Report of the Indian Hemp Drugs Commission, 1894-1895 - Volume I
Year: 1894
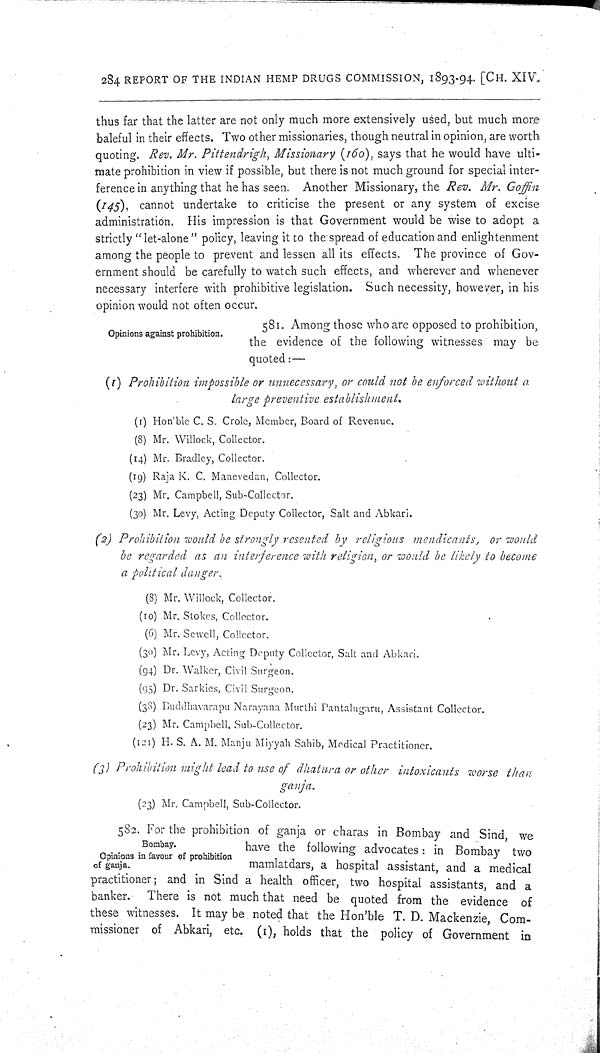
284 REPORT OF THE INDIAN HEMP DRUGS COMMISSION, 1893-94. [CH. XIV.
thus far that the latter are not only much more extensively used, but much more
baleful in their effects. Two other missionaries, though neutral in opinion, are worth
quoting. Rev. Mr. Pittendrigh, Missionary (160), says that he would have ulti-
mate prohibition in view if possible, but there is not much ground for special inter-
ference in anything that he has seen. Another Missionary, the Rev. Mr. Goffin
(145), cannot undertake to criticise the present or any system of excise
administration. His impression is that Government would be wise to adopt a
strictly "let-alone" policy, leaving it to the spread of education and enlightenment
among the people to prevent and lessen all its effects. The province of Gov-
ernment should be carefully to watch such effects, and wherever and whenever
necessary interfere with prohibitive legislation. Such necessity, however, in his
opinion would not often occur.
Opinions against prohibition.
581. Among those who are opposed to prohibition,
the evidence of the following witnesses may be
quoted:—
(1) Prohibition impossible or unnecessary, or could not be enforced without a
large preventive establishment.
(1) Hon'ble C. S. Crole, Member, Board of Revenue.
(8) Mr. Willock, Collector.
(14) Mr. Bradley, Collector.
(19) Raja K. C. Manevedan, Collector.
(23) Mr. Campbell, Sub-Collector.
(30) Mr. Levy, Acting Deputy Collector, Salt and Abkari.
(2) Prohibition would be strongly resented by religious mendicants, or would
be regarded as an interference with religion, or would be likely to become
a political danger.
(8) Mr. Willock, Collector.
(10) Mr. Stokes, Collector.
(6) Mr. Sewell, Collector.
(30) Mr. Levy, Acting Deputy Collector, Salt and Abkari.
(94) Dr. Walker, Civil Surgeon.
(95) Dr. Sarkies, Civil Surgeon.
(38) Buddhavarapu Narayana Murthi Pantalugaru, Assistant Collector.
(23) Mr. Campbell, Sub-Collector.
(121) H. S. A. M. Manju Miyyah Sahib, Medical Practitioner.
(3) Prohibition might lead to use of dhatura or other intoxicants
worse than
ganja.
(23) Mr. Campbell, Sub-Collector.
Bombay.
Opinions in favour of prohibition
of ganja.
582. For the prohibition of ganja or charas in Bombay and Sind, we
have the following advocates: in Bombay two
mamlatdars, a hospital assistant, and a medical
practitioner; and in Sind a health officer, two hospital assistants, and a
banker.
There is not much that need be quoted from the evidence of
these witnesses. It may be noted that the Hon'ble T. D. Mackenzie, Com-
missioner of Abkari, etc. (1), holds that the policy of Government in